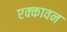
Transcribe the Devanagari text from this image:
एक्कावन